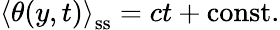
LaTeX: \left\langle\theta(y,t)\right\rangle_{\mathrm{ss}}=ct+\mathrm{const}.